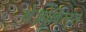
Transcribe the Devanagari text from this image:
थे।होबिस्ट्स